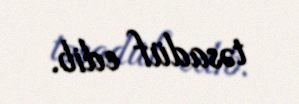
təsadüf edib.